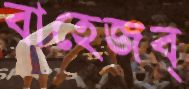
বাহেজব্